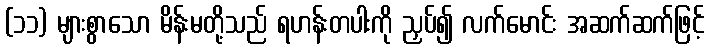
(၁၁) များစွာသော မိန်းမတို့သည် ရဟန်းတပါးကို ညှပ်၍ လက်မောင်း အဆက်ဆက်ဖြင့်